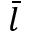
\bar { l }